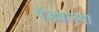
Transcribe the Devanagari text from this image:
पंड्याच्या